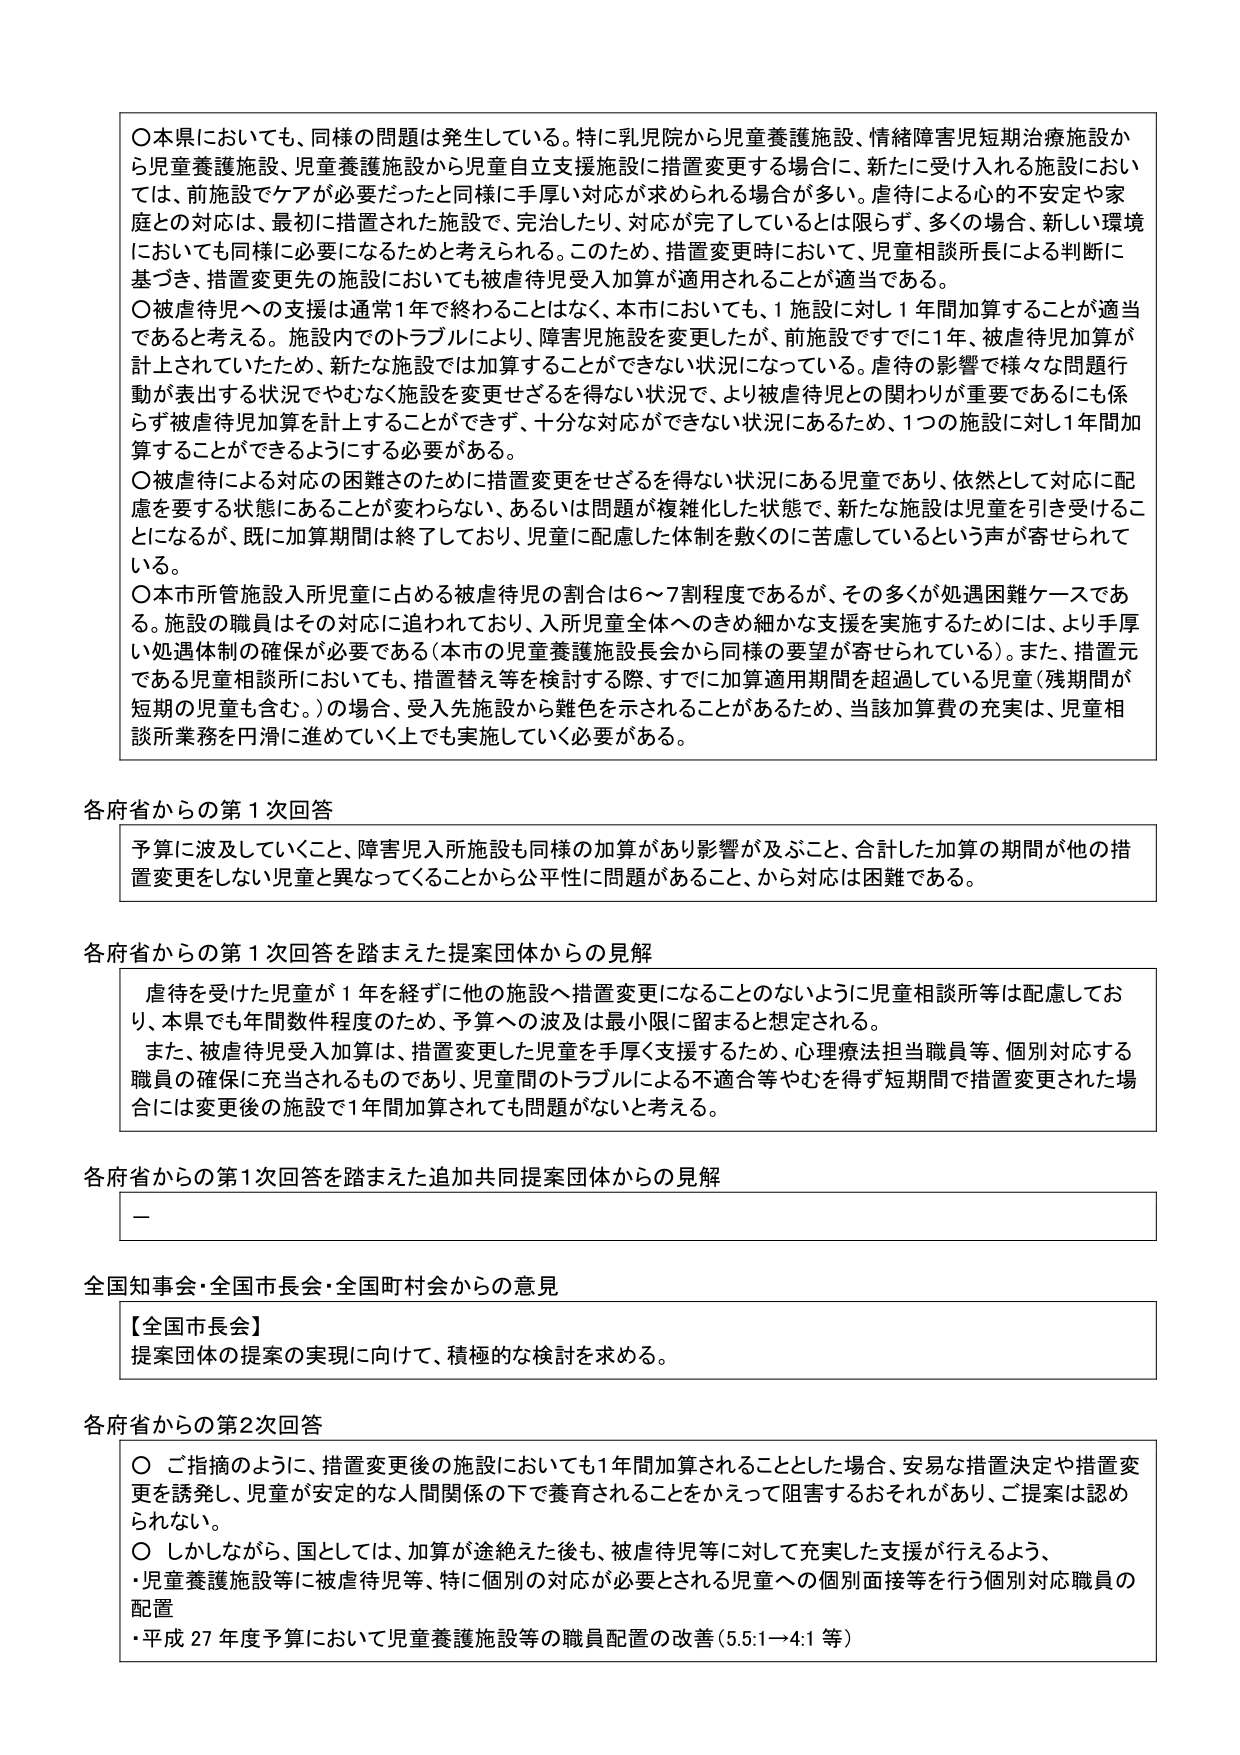
〇本県においても、同様の問題は発生している。特に乳児院から児童養護施設、情緒障害児短期治療施設から児童養護施設、児童養護施設から児童自立支援施設に措置変更する場合に、新たに受け入れる施設においては、前施設でケアが必要だったと同様に手厚い対応が求められる場合が多い。虐待による心的不安定や家庭との対応は、最初に措置された施設で、完治したり、対応が完了しているとは限らず、多くの場合、新しい環境においても同様に必要になるためと考えられる。このため、措置変更時においては、児童相談所長による判断に基づき、措置変更先の施設においても被虐待児受入加算が適用されることが適当である。

〇被虐待児への支援は通常1年で終わることはなく、本市においても、1施設に対し1年間加算することが適当であると考える。施設内でのトラブルにより、障害児施設を変更したが、前施設ですでに1年、被虐待児加算が計上されていたため、新たな施設では加算することができない状況になっている。虐待の影響で様々な問題行動が表出する状況でやむなく施設を変更せざるを得ない状況で、より被虐待児との関わりが重要であるにも係らず被虐待児加算を計上することができず、十分な対応ができない状況にあるため、1つの施設に対し1年間加算することができるようにする必要がある。

〇被虐待による対応の困難さのために措置変更をせざるを得ない状況にある児童であり、依然として対応に配慮を要する状態にあることが変わらない、あるいは問題が複雑化した状態で、新たな施設は児童を引き受けることになるが、既に加算期間は終了しており、児童に配慮した体制を敷くのに苦慮しているという声が寄せられている。

〇本市所管施設入所児童に占める被虐待児の割合は6～7割程度であるが、その多くが処遇困難ケースである。施設の職員はその対応に追われており、入所児童全体へのきめ細かな支援を実施するためには、より手厚い処遇体制の確保が必要である（本市の児童養護施設長会から同様の要望が寄せられている）。また、措置元である児童相談所においても、措置替え等を検討する際、すでに加算適用期間を超過している児童（残期間が短期の児童も含む。）の場合、受入先施設から難色を示されることがあるため、当該加算費の充実は、児童相談所業務を円滑に進めていく上でも実施していく必要がある。

各府省からの第1次回答

予算に波及していくこと、障害児入所施設も同様の加算があり影響が及ぶこと、合計した加算の期間が他の措置変更をしない児童と異なってくることから公平性に問題があること、から対応は困難である。

各府省からの第1次回答を踏まえた提案団体からの見解

虐待を受けた児童が1年を経ずずに他の施設へ措置変更になることのないように児童相談所等は配慮しており、本県でも年間数件程度のため、予算への波及は最小限に留まると想定される。

また、被虐待児受入加算は、措置変更した児童を手厚く支援するため、心理療法担当職員等、個別対応する職員の確保に充当されるものであり、児童間のトラブルによる不適合等やむを得ず短期間で措置変更された場合には変更後の施設で1年間加算されても問題がないと考える。

各府省からの第1次回答を踏まえた追加共同提案団体からの見解

ー

全国知事会・全国市長会・全国町村会からの意見

【全国市長会】
提案団体の提案の実現に向けて、積極的な検討を求める。

各府省からの第2次回答

〇 ご指摘のように、措置変更後の施設においても1年間加算されることとした場合、安易な措置決定や措置変更を誘発し、児童が安定的な人間関係の下で養育されることをかえって阻害するおそれがあり、ご提案は認められない。

〇 しかしながら、国としては、加算が途絶えた後も、被虐待児等に対して充実した支援が行えるよう、
・児童養護施設等に被虐待児等、特に個別の対応が必要とされる児童への個別面接等を行う個別対応職員の配置
・平成27年度予算において児童養護施設等の職員配置の改善（5.5:1→4:1等）